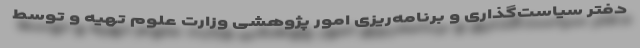
دفتر سیاست‌گذاری و برنامه‌ریزی امور پژوهشی وزارت علوم تهیه و توسط